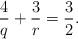
LaTeX: \begin{align*} \frac{4}{q}+\frac{3}{r}=\frac{3}{2}. \end{align*}